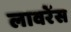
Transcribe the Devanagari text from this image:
लावरेंस